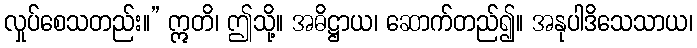
လှုပ်စေသတည်း။” ဣတိ၊ ဤသို့။ အဓိဋ္ဌာယ၊ ဆောက်တည်၍။ အနုပါဒိသေသာယ၊